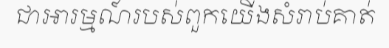
ជាអារម្មណ៍របស់ពួកយើងសំរាប់គាត់